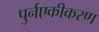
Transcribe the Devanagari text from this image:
पुर्नएकीकरण